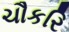
ચૌકરિ